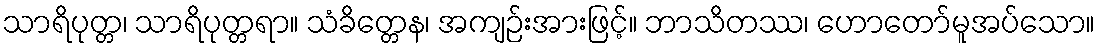
သာရိပုတ္တ၊ သာရိပုတ္တရာ။ သံခိတ္တေန၊ အကျဉ်းအားဖြင့်။ ဘာသိတဿ၊ ဟောတော်မူအပ်သော။